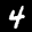
Label: 4